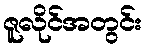
ဇူလိုင်အတွင်း